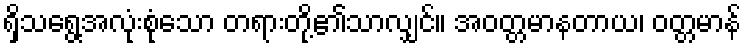
ရှိသရွေ့အလုံးစုံသော တရားတို့၏သာလျှင်။ အဝတ္တမာနတာယ၊ ဝတ္တမာန်